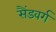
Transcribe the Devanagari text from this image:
सैंडवर्ग